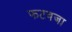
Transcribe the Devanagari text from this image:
फटवजा